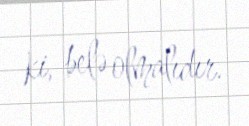
ki, belə olmalıdır.